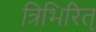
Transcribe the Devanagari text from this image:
त्रिभिरित्